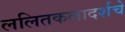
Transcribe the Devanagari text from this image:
ललितकलादर्शचे